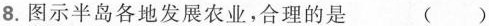
8.图示半岛各地发展农业，合理的是 ( )